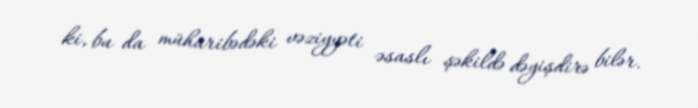
ki, bu da müharibədəki vəziyyəti əsaslı şəkildə dəyişdirə bilər.